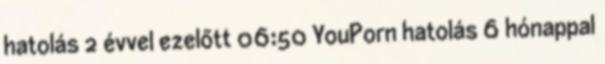
hatolás 2 évvel ezelőtt 06:50 YouPorn hatolás 6 hónappal